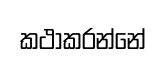
කථාකරන්නේ